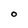
Character: O